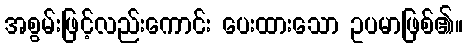
အစွမ်းဖြင့်လည်းကောင်း ပေးထားသော ဥပမာဖြစ်၏။